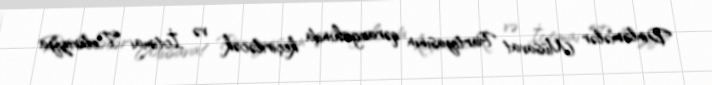
Dinləmələr Müsavat Partiyasının qərargahında keçiriləcək və İctimai Televiziya